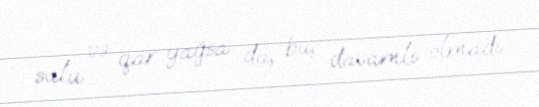
sulu və qar yağsa da, bu, davamlı olmadı.